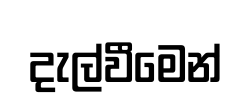
දැල්වීමෙන්